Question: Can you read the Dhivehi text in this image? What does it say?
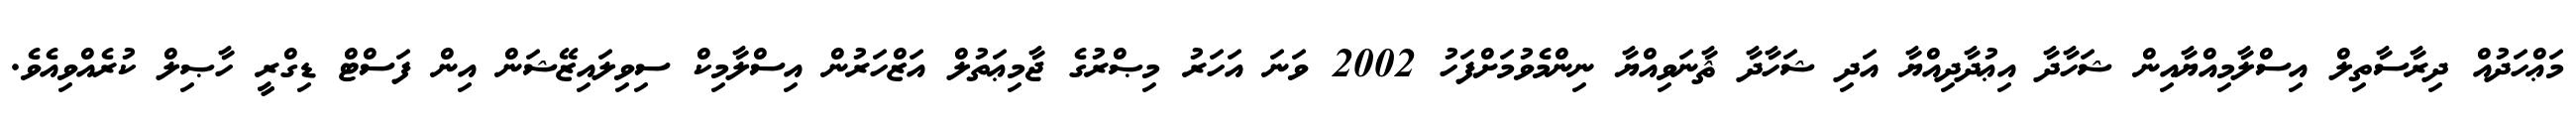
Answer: މަޢްހަދުއް ދިރާސާތިލް އިސްލާމިއްޔާއިން ޝަހާދާ އިޢުދާދިއްޔާ އަދި ޝަހާދާ ޘާނަވިއްޔާ ނިންމެވުމަށްފަހު 2002 ވަނަ އަހަރު މިޞްރުގެ ޖާމިޢަތުލް އަޒްހަރުން އިސްލާމިކް ސިވިލައިޒޭޝަން އިން ފަސްޓް ޑިގްރީ ހާޞިލް ކުރެއްވިއެވެ.